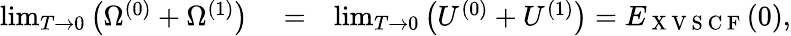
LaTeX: \begin{array}{rlr}{\operatorname*{lim}_{T\to 0}\left(\Omega^{(0)}+\Omega^{(1)}\right)}&{{}=}&{\operatorname*{lim}_{T\to 0}\left(U^{(0)}+U^{(1)}\right)=E_{\mathrm{~X~V~S~C~F~}}(0),}\end{array}